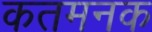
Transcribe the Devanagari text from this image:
कतमनक